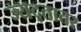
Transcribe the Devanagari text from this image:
ज्यद्तातर